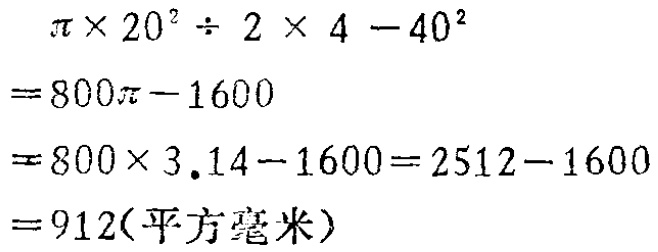
\[

\begin{align*}

&\pi\times20^{2}\div2\times4 - 40^{2}\\

=&800\pi - 1600\\

=&800\times3.14 - 1600=2512 - 1600\\

=&912(\text{平方毫米})

\end{align*}

\]